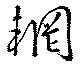
輞